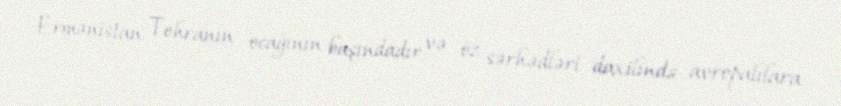
Ermənistan Tehranın ocağının başındadır və öz sərhədləri daxilində avropalılara